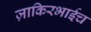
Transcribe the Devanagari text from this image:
ज़ाकिरभाईच